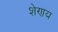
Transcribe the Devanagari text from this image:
शेणय